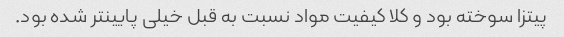
پیتزا سوخته بود و کلا کیفیت مواد نسبت به قبل خیلی پایینتر شده بود.